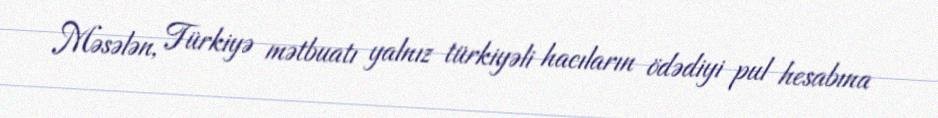
Məsələn, Türkiyə mətbuatı yalnız türkiyəli hacıların ödədiyi pul hesabına